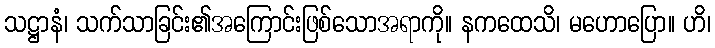
သဋ္ဌာနံ၊ သက်သာခြင်း၏အကြောင်းဖြစ်သောအရာကို။ နကထေသိ၊ မဟောပြော။ ဟိ၊